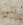
نثق